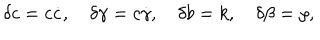
\delta c = c \dot { c } , \hspace { 1 e m } \delta \gamma = c \dot { \gamma } , \hspace { 1 e m } \delta b = k , \hspace { 1 e m } \delta \beta = \rho ,